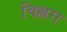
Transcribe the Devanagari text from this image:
चिल्लरा